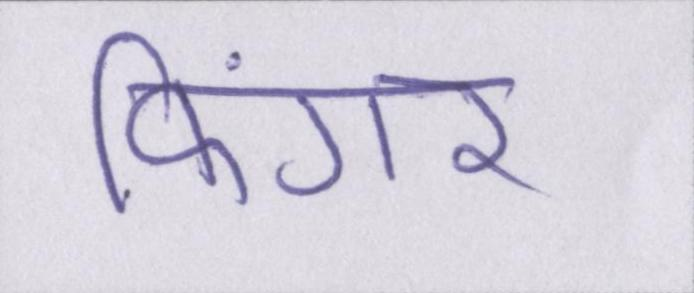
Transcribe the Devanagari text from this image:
फिंगर